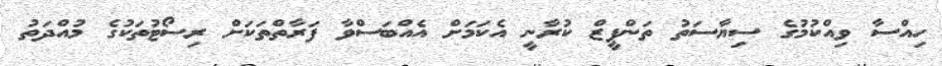
ހިއްސާ ވިއްކުމުގެ ސިޔާސަތު ތަންފީޒް ކުރާނީ އެކަމަށް އެއްބަސްވާ ފަރާތްތަކަށް ރިސޯޓުތަކުގެ މުއްދަތު